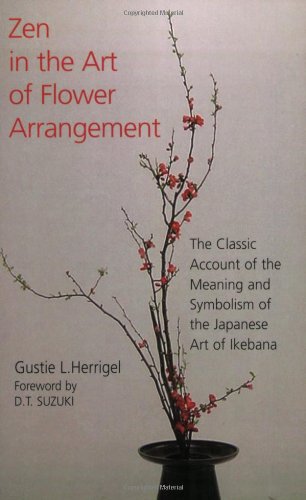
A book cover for Zen in the Art of Flower Arrangement: The Classic Account of the Meaning and Symbolism of the Japanese Art of Ikebana; Gustie L. Herrigel; Crafts, Hobbies & Home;